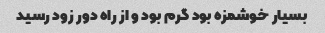
بسیار خوشمزه بود گرم بود و از راه دور زود رسید